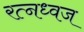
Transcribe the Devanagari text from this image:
रत्नध्वज